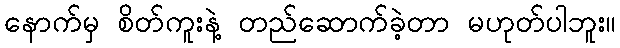
နောက်မှ စိတ်ကူးနဲ့ တည်ဆောက်ခဲ့တာ မဟုတ်ပါဘူး။